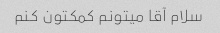
سلام آقا میتونم کمکتون کنم